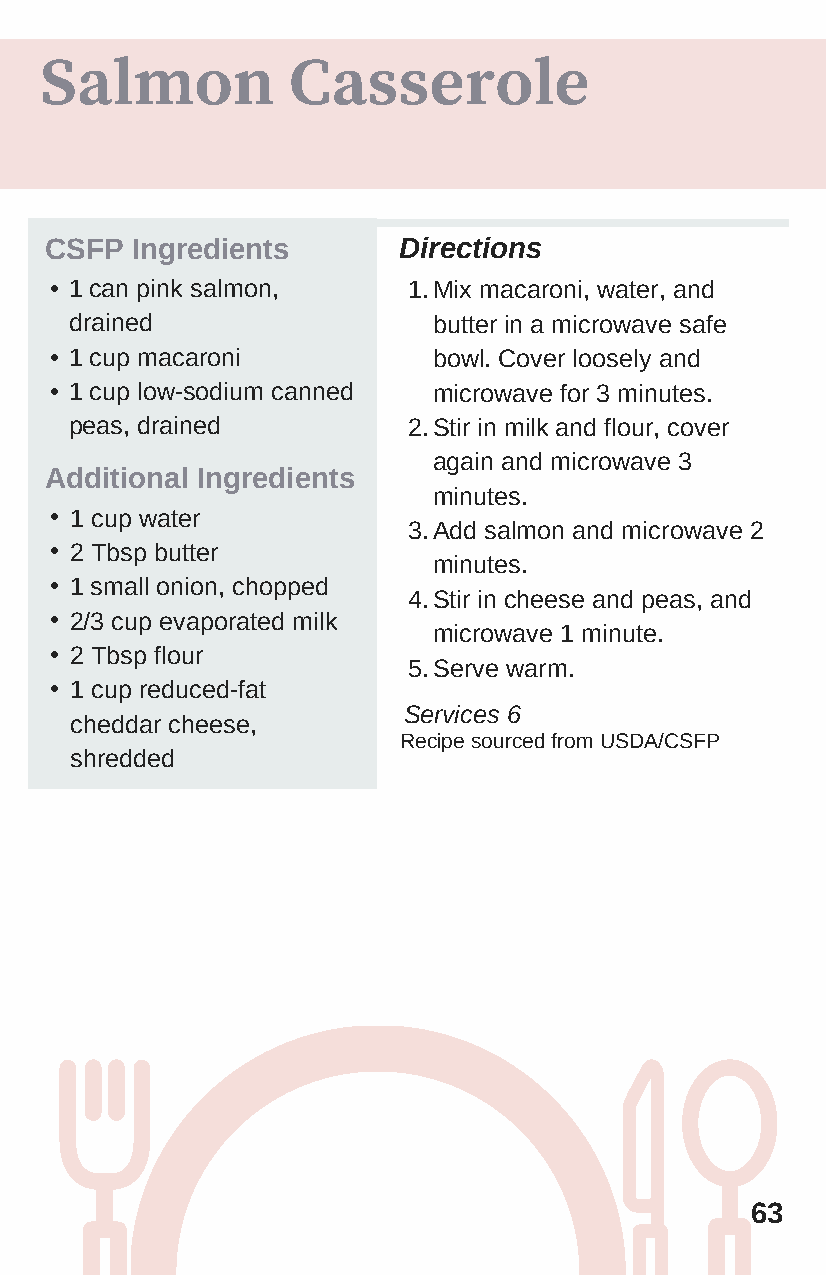
Salmon          Casserole
 CSFP  Ingredients      Directions
 • 1 can pink salmon,    1. Mix macaroni, water, and
 drained                 butter in a microwave safe
 • 1 cup macaroni          bowl. Cover loosely and
 • 1 cup low-sodium canned microwave for 3 minutes.
 peas, drained         2. Stir in milk and flour, cover
 again and microwave 3
 Additional Ingredients
 minutes.
 • 1 cup water
 3. Add salmon and microwave 2
 • 2 Tbsp butter
 minutes.
 • 1 small onion, chopped
 4. Stir in cheese and peas, and
 • 2/3 cup evaporated milk
 microwave 1 minute.
 • 2 Tbsp flour
 5. Serve warm.
 • 1 cup reduced-fat
 Services 6
 cheddar cheese,
 R ecipe sourced from USDA/CSFP
 shredded
 63